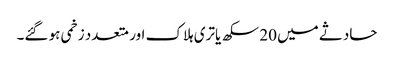
حادثے میں 20 سکھ یاتری ہلاک اور متعدد زخمی ہو گئے۔